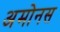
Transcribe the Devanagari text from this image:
अमोनस